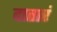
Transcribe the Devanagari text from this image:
दातारं